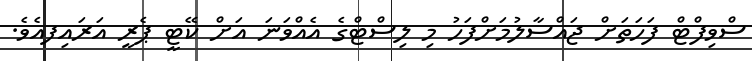
ސްވިފްޓް ފަހަތަށް ޖައްސާލުމަށްފަހު މި ލިސްޓްގެ އެއްވަނަ އަށް ކޭޓީ ޕެރީ އަރައިފއެވެ.